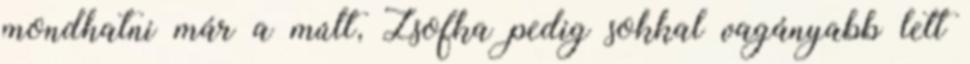
mondhatni már a múlt, Zsofka pedig sokkal vagányabb lett